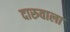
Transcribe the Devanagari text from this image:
दारुवाला